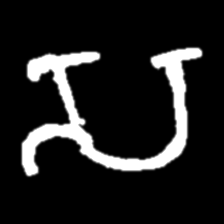
Pyu character \u2014 Myanmar letter: သ (romanized: sa)